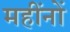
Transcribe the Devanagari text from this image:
महींनों